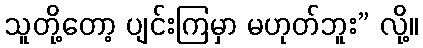
သူတို့တော့ ပျင်းကြမှာ မဟုတ်ဘူး” လို့။